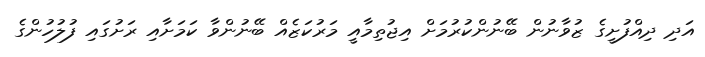
އަދި ދިއްފުށީގެ ޒުވާނުން ބޭނުންކުރުމަށް އިޖުތިމާއީ މަރުކަޒެއް ބޭނުންވާ ކަމަށާއި ރަށުގައި ފުލުހުންގެ